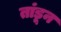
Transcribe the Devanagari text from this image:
तांडून